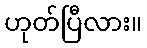
ဟုတ်ပြီလား။